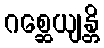
ဂစ္ဆေယျန္တိ